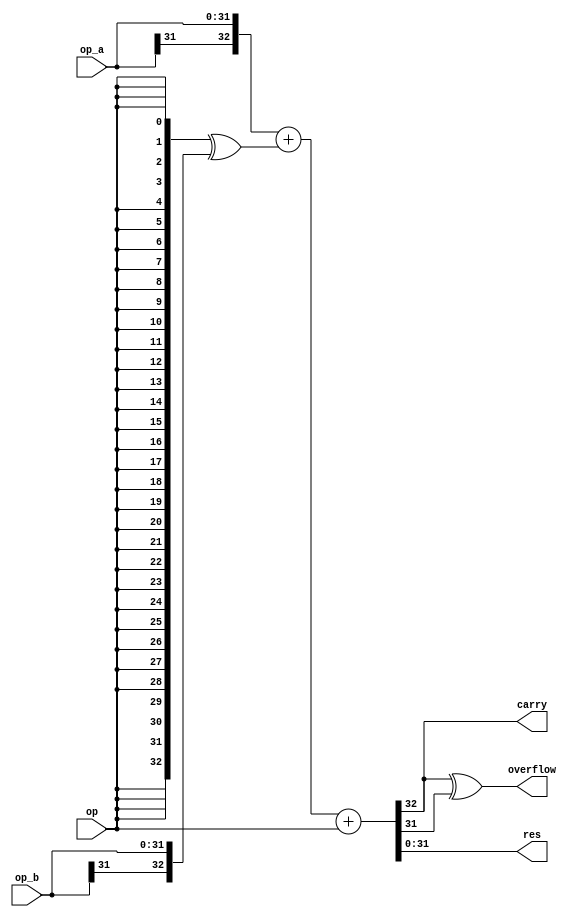
`timescale 1ns / 1ps

module iob_addsub
  #(
    parameter DATA_W = 32
    )
   (
    input [DATA_W-1:0]  op_a,
    input [DATA_W-1:0]  op_b,

    input               op,

    output [DATA_W-1:0] res,
    output              carry,
    output              overflow
    );

   wire [DATA_W:0]      res_int;
   assign res_int = {op_a[DATA_W-1], op_a} + ({(DATA_W+1){op}} ^ {op_b[DATA_W-1], op_b}) + {{(DATA_W){1'b0}}, op};

   assign res = res_int[DATA_W-1:0];
   assign carry = res_int[DATA_W];
   assign overflow = res_int[DATA_W] ^ res_int[DATA_W-1];

endmodule